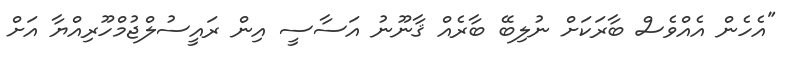
"އެހެން އެއްވެސް ބާރަކަށް ނުލިބޭ ބާރެއް ޤާނޫނު އަސާސީ އިން ރައީސުލްޖުމްހޫރިއްޔާ އަށް